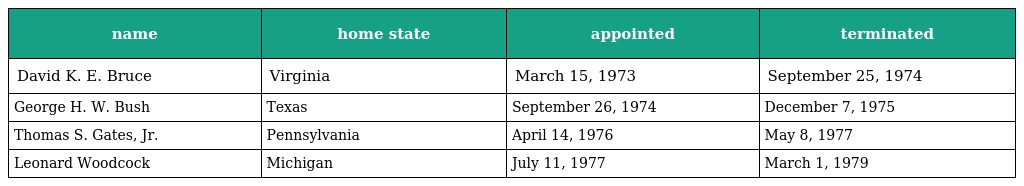
| name | home state | appointed | terminated |
 | --- | --- | --- | --- |
 | David K. E. Bruce | Virginia | March 15, 1973 | September 25, 1974 |
 | George H. W. Bush | Texas | September 26, 1974 | December 7, 1975 |
 | Thomas S. Gates, Jr. | Pennsylvania | April 14, 1976 | May 8, 1977 |
 | Leonard Woodcock | Michigan | July 11, 1977 | March 1, 1979 |